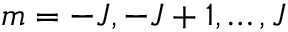
m = - J , - J + 1 , \dots , J